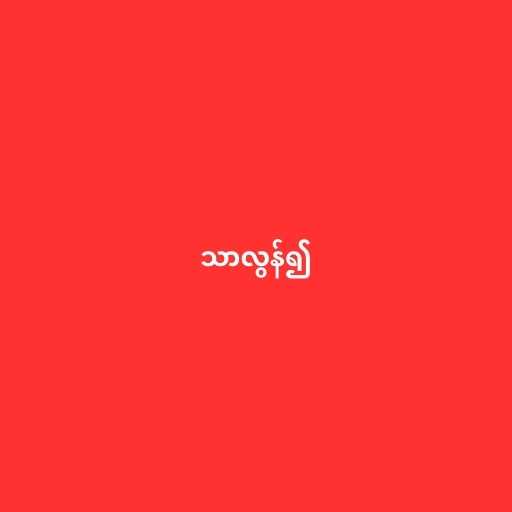
သာလွန်၍